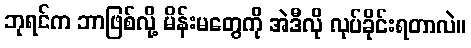
ဘုရင်က ဘာဖြစ်လို့ မိန်းမတွေကို အဲဒီလို လုပ်ခိုင်းရတာလဲ။